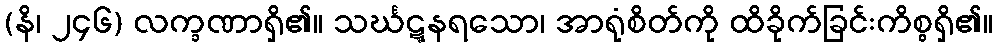
(နိ၊ ၂၄၆) လက္ခဏာရှိ၏။ သင်္ဃဋ္ဋနရသော၊ အာရုံစိတ်ကို ထိခိုက်ခြင်းကိစ္စရှိ၏။